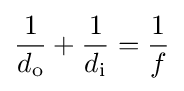
{\frac {1}{d_{\mathrm {o} }}}+{\frac {1}{d_{\mathrm {i} }}}={\frac {1}{f}}